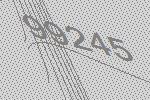
99245